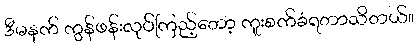
ဒီမနက် ကွန်ဖန်းလုပ်ကြည့်တော့ ကူးစက်ခံရတာသိတယ်။